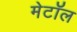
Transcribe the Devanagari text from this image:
मेटॉल